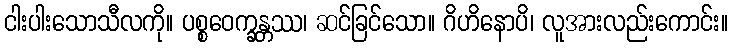
ငါးပါးသောသီလကို။ ပစ္စဝေက္ခန္တဿ၊ ဆင်ခြင်သော။ ဂိဟိနောပိ၊ လူအားလည်းကောင်း။